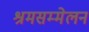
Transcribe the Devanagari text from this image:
श्रमसम्मेलन